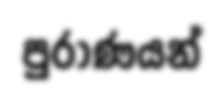
පුරාණයන්